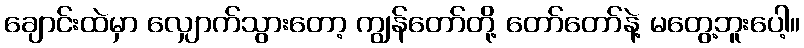
ချောင်းထဲမှာ လျှောက်သွားတော့ ကျွန်တော်တို့ တော်တော်နဲ့ မတွေ့ဘူးပေါ့။